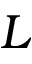
L